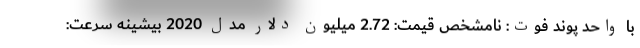
با واحد پوند فوت: نامشخص قیمت: 2.72 میلیون دلار مدل 2020 بیشینه سرعت: